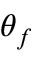
\theta _ { f }